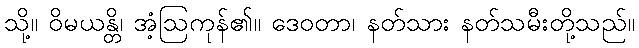
သို့။ ဝိမယန္တိ၊ အံ့ဩကုန်၏။ ဒေဝတာ၊ နတ်သား နတ်သမီးတို့သည်။